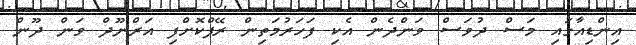
އިންޑިއާގައި މަސް ދުވަސް ވަންދެން އެކި ފަހަރުމަތިން ރޭޕްކޮށްފި އަރްނޫދް ވަން ދޫން